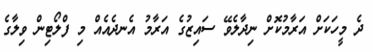
ދެ މީހަކަށް އަރާމުކޮށް ނިދާލެވޭ ސައިޒުގެ އަރާމު އެނދެއެއް މި ފްލޯޓިން ވިލާގެ